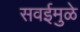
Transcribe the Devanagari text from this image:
सवईमुळे